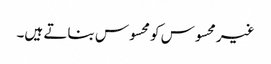
غیر محسوس کو محسوس بناتے ہیں۔